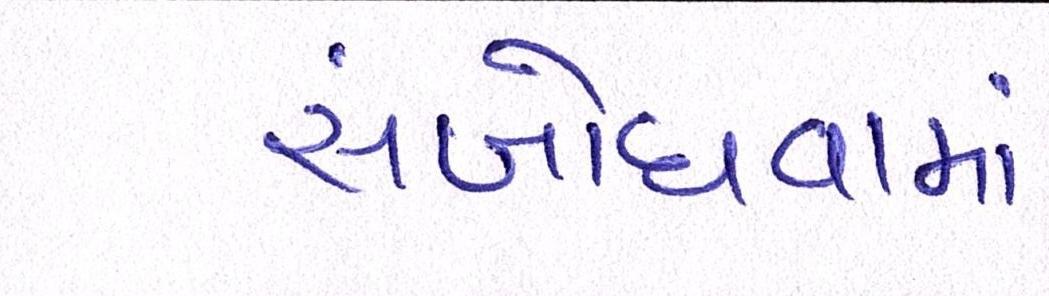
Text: સંબોધવામાં